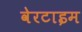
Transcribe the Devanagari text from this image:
वेरटाइम